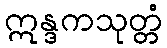
ဣန္ဒကသုတ္တံ